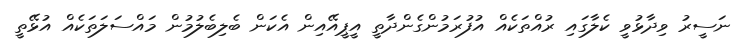
ނަސީރު ވިދާޅުވީ ކެލާގައި ރުއްތަކެއް އުފުރަމުންގެންދާތީ އީޕީއޭއިން އެކަން ބެލިބެލުމުން މައްސަލަތަކެއް އުޅޭތީ